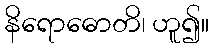
နိရောဓောတိ၊ ဟူ၍။